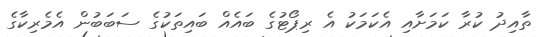
ތާއިދު ކުރާ ކަމަށާއި އެކަމަކު އެ ރިޕޯޓުގެ ބައެއް ބައިތަކުގެ ސަބަބުން އެމެރިކާގެ